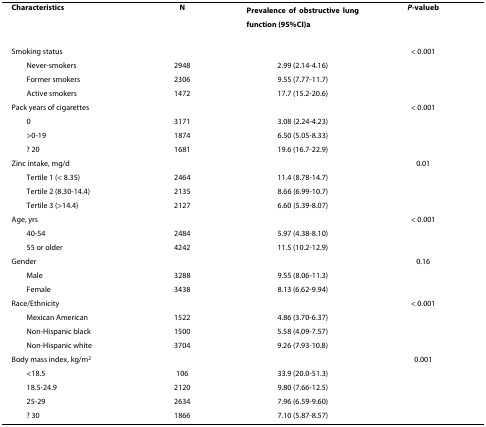
| Characteristics | N | Prevalence of obstructive lung function (95%CI)a | P-valueb |
 | --- | --- | --- | --- |
 | Smoking status |  |  | < 0.001 |
 | Never-smokers | 2948 | 2.99 (2.14-4.16) |  |
 | Former smokers | 2306 | 9.55 (7.77-11.7) |  |
 | Active smokers | 1472 | 17.7 (15.2-20.6) |  |
 | Pack years of cigarettes |  |  | < 0.001 |
 | 0 | 3171 | 3.08 (2.24-4.23) |  |
 | >0-19 | 1874 | 6.50 (5.05-8.33) |  |
 | ≥ 20 | 1681 | 19.6 (16.7-22.9) |  |
 | Zinc intake, mg/d |  |  | 0.01 |
 | Tertile 1 (< 8.35) | 2464 | 11.4 (8.78-14.7) |  |
 | Tertile 2 (8.30-14.4) | 2135 | 8.66 (6.99-10.7) |  |
 | Tertile 3 (>14.4) | 2127 | 6.60 (5.39-8.07) |  |
 | Age, yrs |  |  | < 0.001 |
 | 40-54 | 2484 | 5.97 (4.38-8.10) |  |
 | 55 or older | 4242 | 11.5 (10.2-12.9) |  |
 | Gender |  |  | 0.16 |
 | Male | 3288 | 9.55 (8.06-11.3) |  |
 | Female | 3438 | 8.13 (6.62-9.94) |  |
 | Race/Ethnicity |  |  | < 0.001 |
 | Mexican American | 1522 | 4.86 (3.70-6.37) |  |
 | Non-Hispanic black | 1500 | 5.58 (4.09-7.57) |  |
 | Non-Hispanic white | 3704 | 9.26 (7.93-10.8) |  |
 | Body mass index, kg/m2 |  |  | 0.001 |
 | <18.5 | 106 | 33.9 (20.0-51.3) |  |
 | 18.5-24.9 | 2120 | 9.80 (7.66-12.5) |  |
 | 25-29 | 2634 | 7.96 (6.59-9.60) |  |
 | ≥ 30 | 1866 | 7.10 (5.87-8.57) |  |